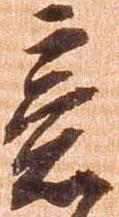
意